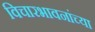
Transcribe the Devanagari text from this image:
विचारभावनांच्या